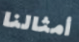
أمثالنا